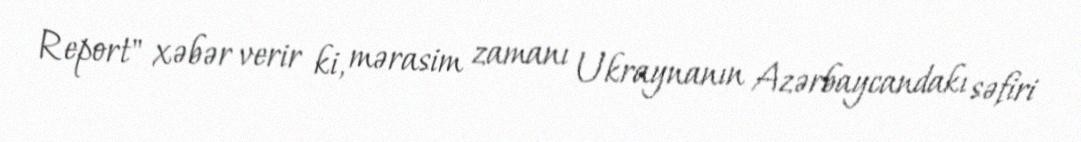
Report" xəbər verir ki, mərasim zamanı Ukraynanın Azərbaycandakı səfiri